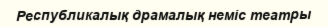
Республикалық драмалық неміс театры